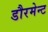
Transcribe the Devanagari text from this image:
डौरमेन्ट